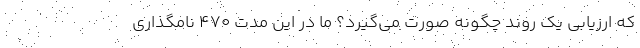
که ارزیابی یک روند چگونه صورت می‌گیرد؟ ما در این مدت ۴۷۰ نامگذاری